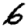
Digit: 6